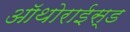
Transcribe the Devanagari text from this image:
ऑथोराईस्ड